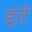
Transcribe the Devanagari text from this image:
इंटें